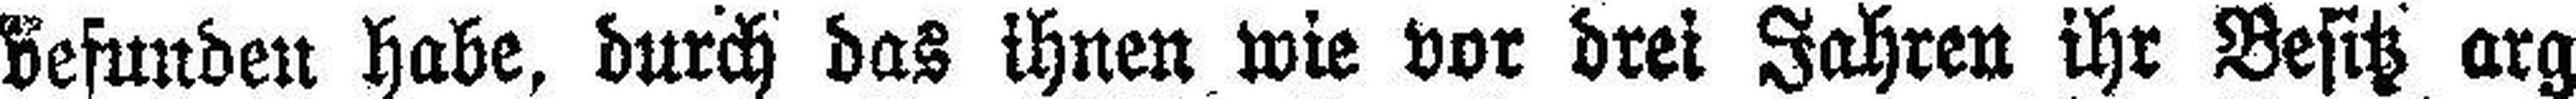
befunben habe, durch das ihnen wie vor drei Jahren ihr Besitz arg